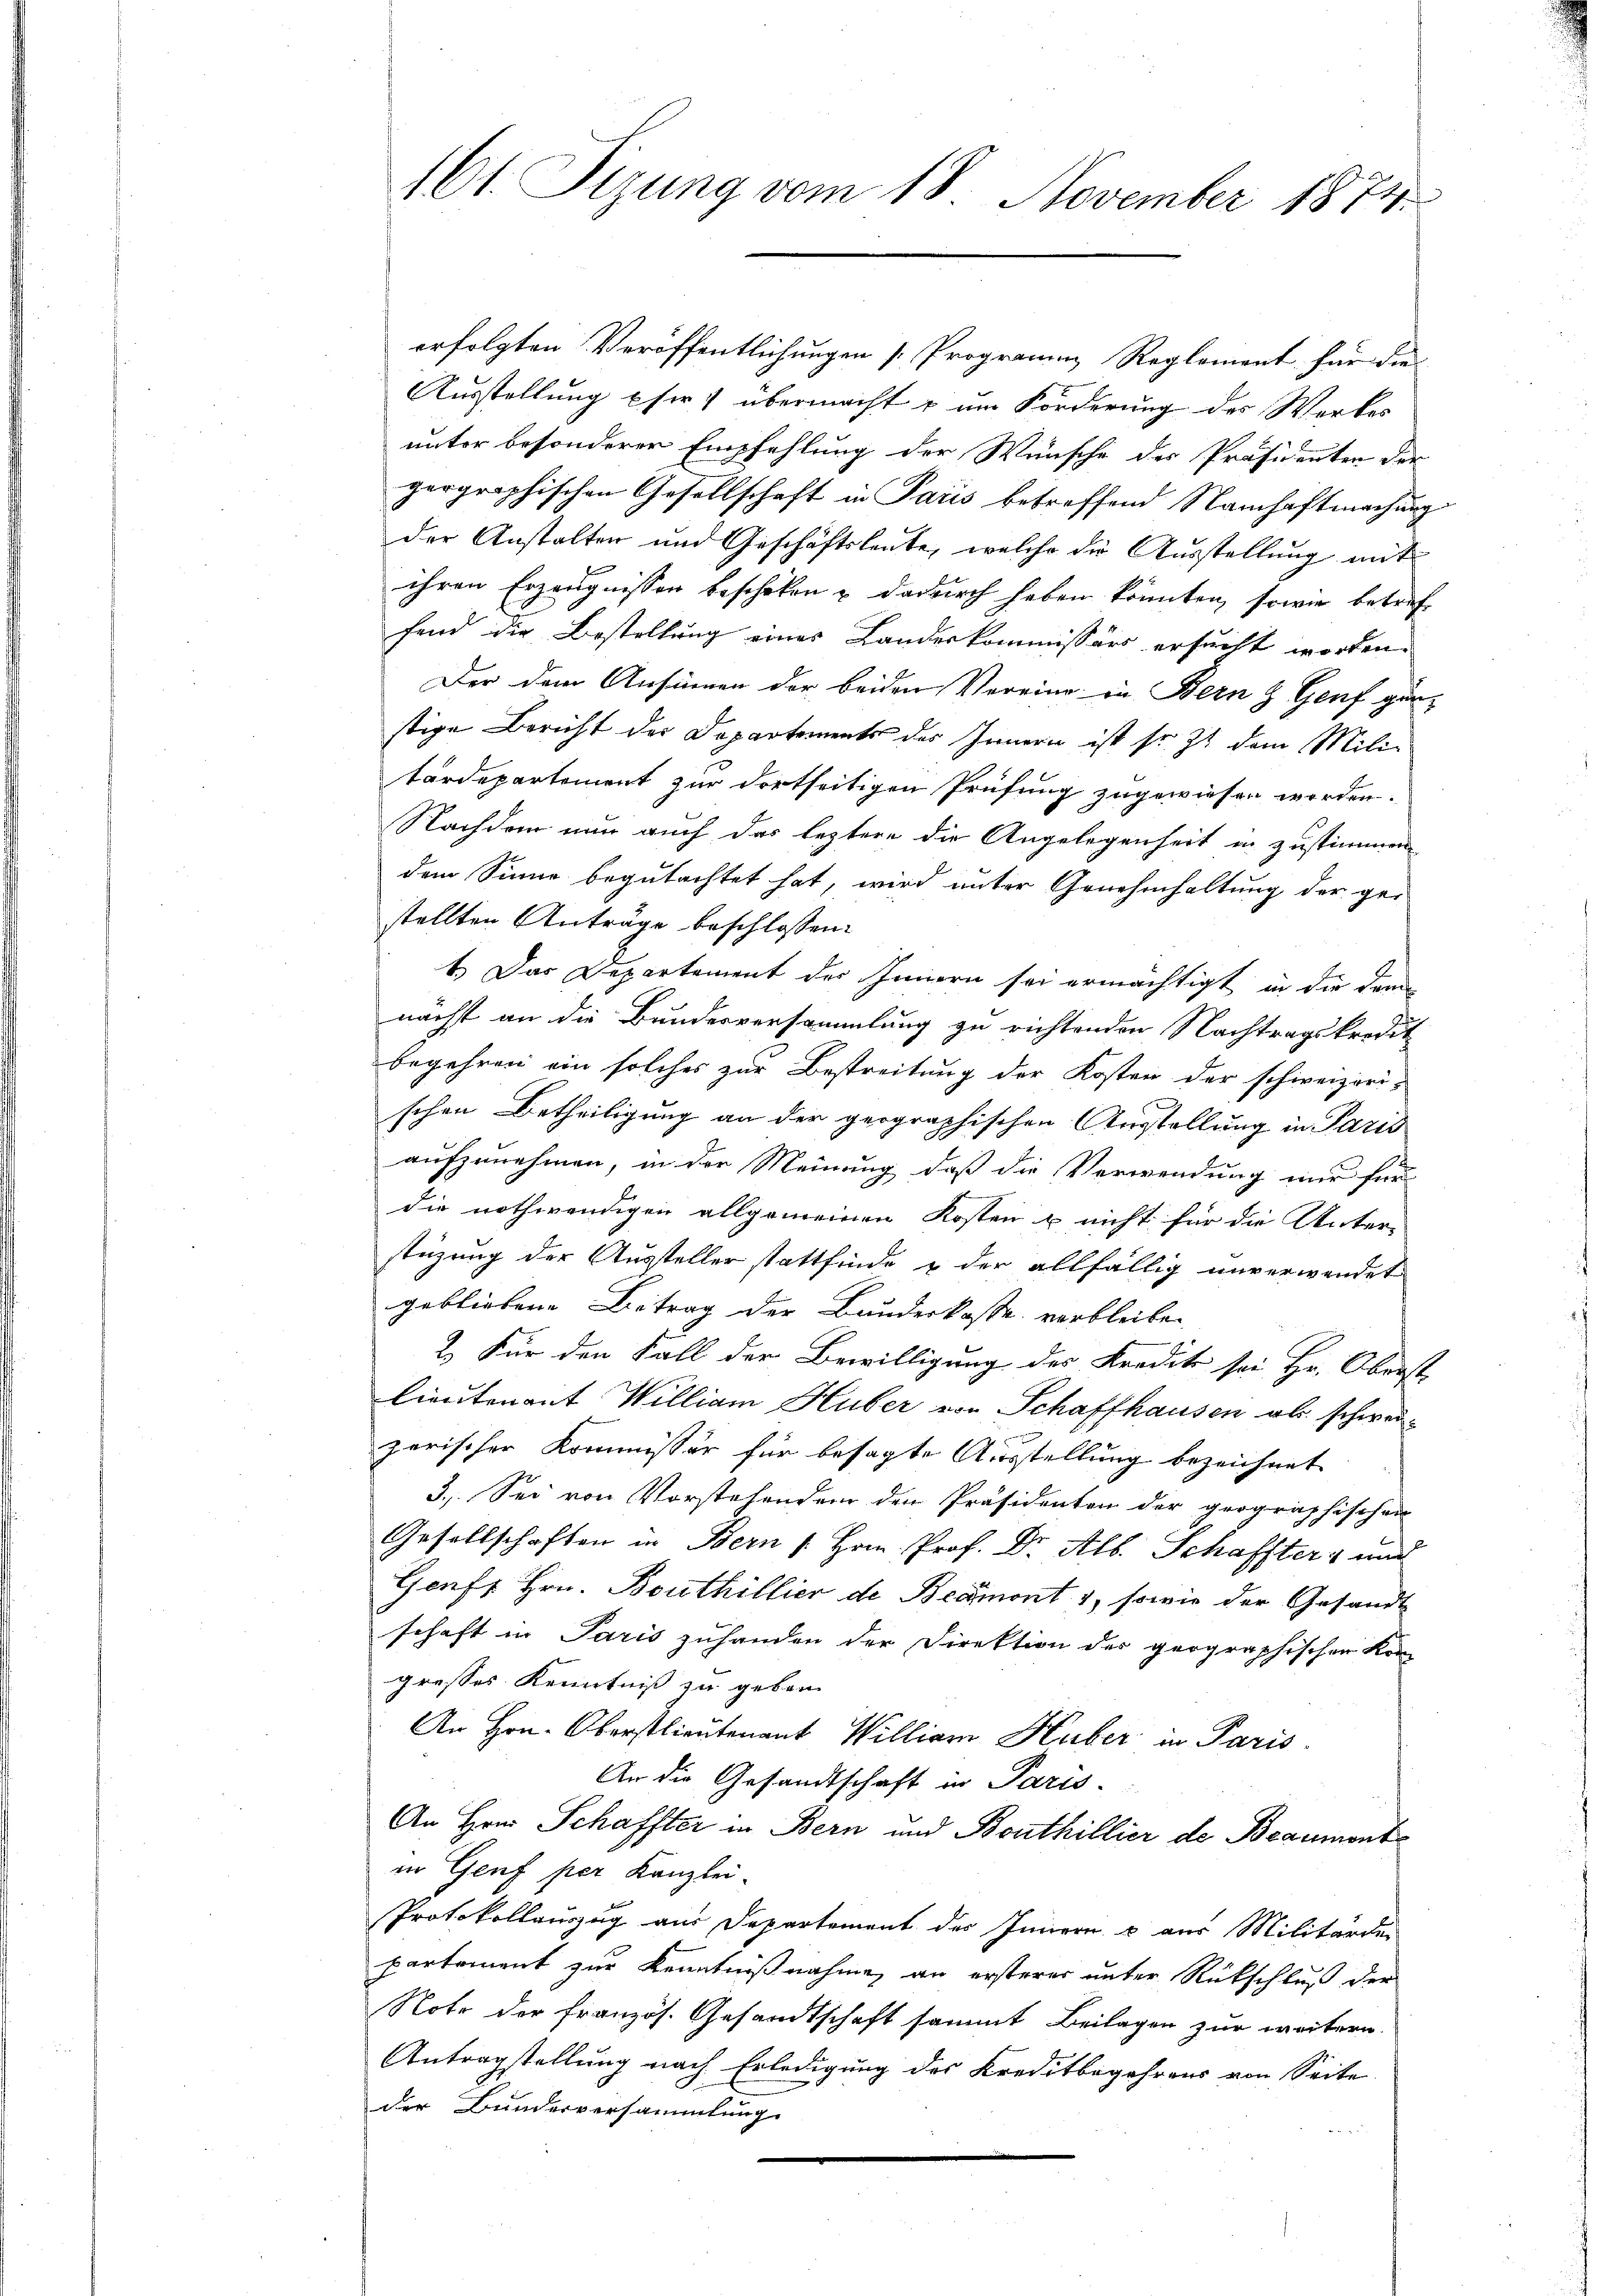
161. Sizung vom 18. November 1874

erfolgten Veröffentlichungen [Programm, Reglement für die
Ausstellung Efer) übermacht & um Forderung des Werkes
unter besonderen Empfehlung der Wünsche des Präsidenten der
gergrophischen Gesellschaft in Paris betreffend Namhaftmachung
der Anstalten und Geschäftsleute, welche die Ausstellung mit
ihren Erzeugnissen beschiken u dadurch haben könnten, sowie betreffend die Bestellung eines Landeskommissärs ersucht worden.
Der dem Ansinnen der beiden Vereine in Bern & Genf gun-
stige Bericht der Departements des Innern ist fr. Zt. dem Mili-
tärdepartement zur dortseitigen Prüfung zugewiesen worden.
Nachdem nur auch das leztere die Angelegenheit er zustimmen
dem Sinne begutachtet hat, wird unter Genehmhaltung der ge-
stellten Anträge beschlossen:
1.) Das Departement des Innern sei ermächtigt, in die dem
nächst an die Bundesversammlung zu richtenden Nachtragskredit
begehren ein solches zur Bestreitung der Kosten der schweizeri-
schen Betheiligung an der geographischen Ausstellung in Paris
aufzunehmen, in der Meinung, daß die Verwendung nur für
die nothwendigen allgemeinen Kosten & nicht für die Unter-
stüzung der Aussteller stattfinde & der allfällig unverwendet
gebliebene Betrag der Bunderkasse verbleiben
2. Für den Fall der Bewilligung des Kredit sei Hr. Oberst
lieutenant William Huber von Schaffhausen als schwei-
zerischer Kommissär für besagte Ausstellung bezeichnet
3. Sei von Vorstehenden den Präsidenten der geographischen
Gesellschaften in Bern [Hrn. Prof. Dr. Alb. Schaffter und
Genf Hrn. Bouthillier de Beamont , sowie der Gesandt
schaft in Paris zuhanden der Direktion der geographischen Kon-
gresses Kenntniß zu geben.
An Hrn. Oberstlieutenant Williar Huber in Paris
An die Gesandtschaft in Paris-
An Herr Schaffter in Bern und Benthillier de Beaumont
in Genf per Kanzlei-
Protokollauszug aus Departement des Innern & aus Militärden
partement zur Kenntnißnahme an ersterer unter Rückschluß der
Note der französ. Gesandtschaft sammt Beilagen zur weitern
Antragstellung nach Erledigung des Kreditbegehrens von Seite
der Bunderversammlung.